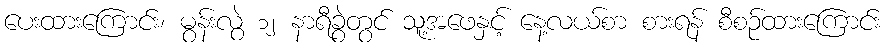
ပေးထားကြောင်း၊ မွန်းလွဲ ၁၂ နာရီခွဲတွင် သူ့အဖေနှင့် နေ့လယ်စာ စားရန် စီစဉ်ထားကြောင်း